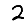
Digit: 2